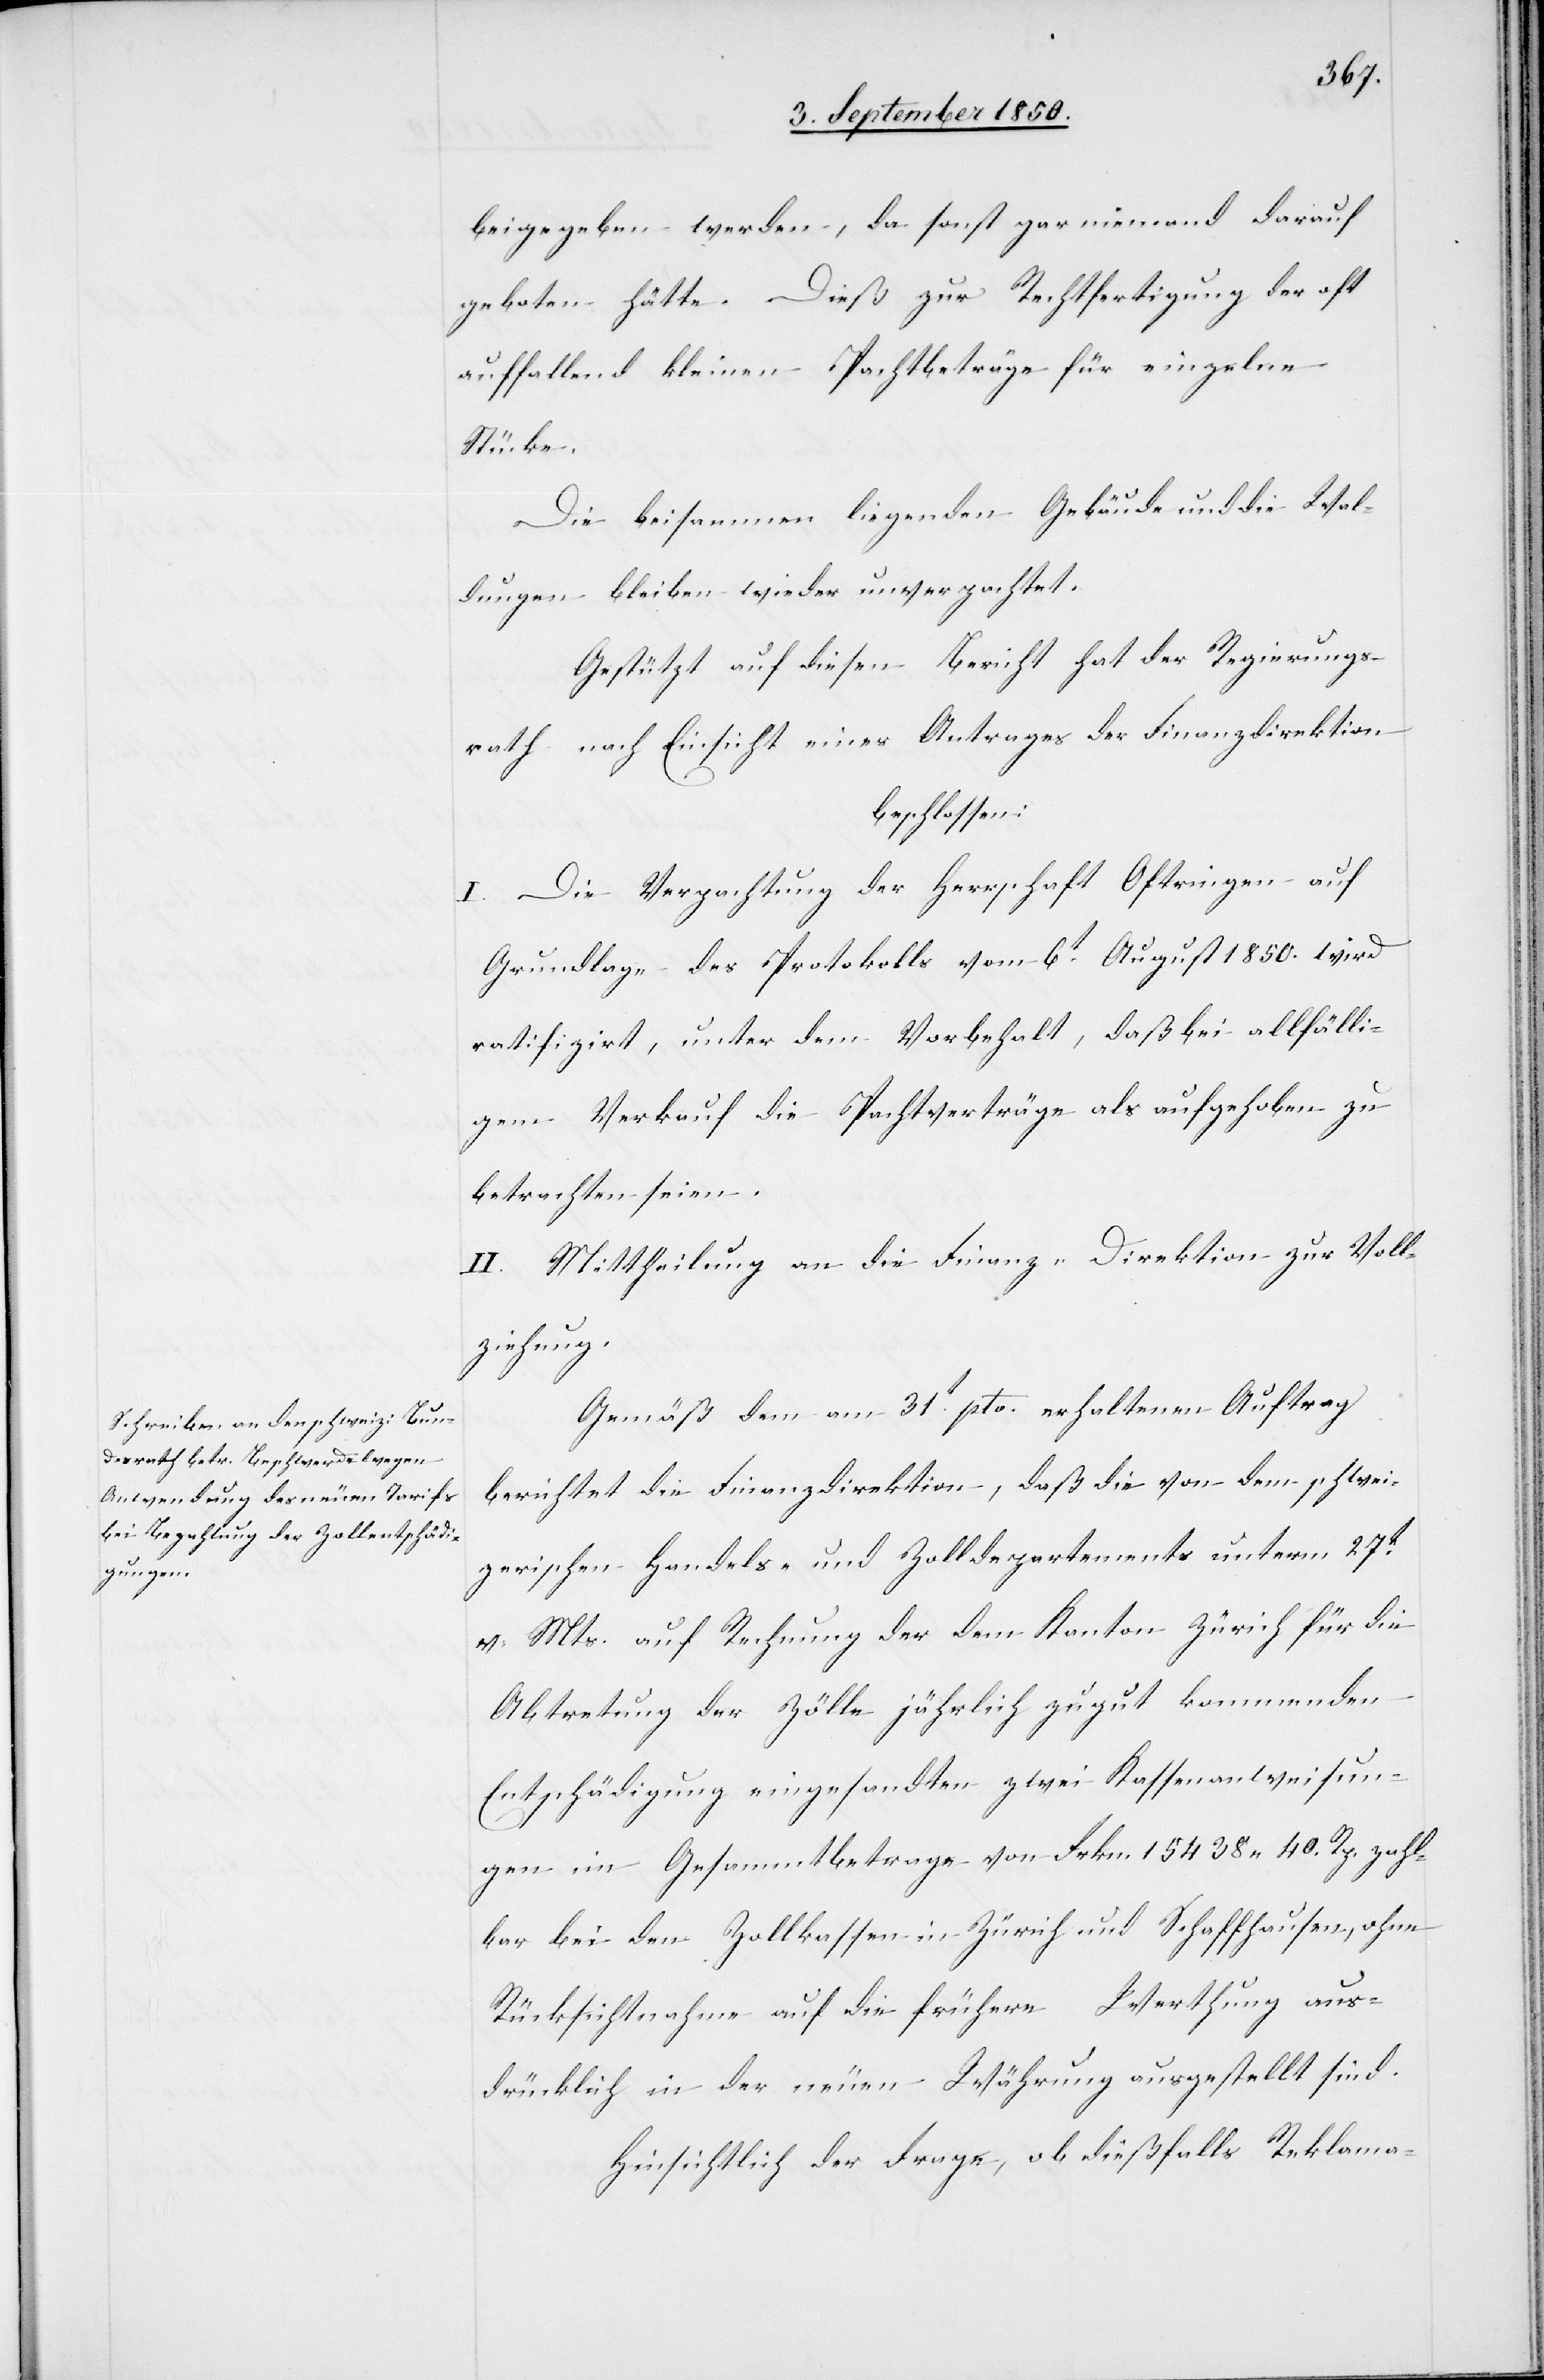
beigegeben werden, da sonst gar niemand darauf
geboten hätte. Dieß zur Rechtfertigung der oft
auffallend kleinen Pachtbeträge für einzelne
Stücke.
Die beisammen liegenden Gebäude und die Wal¬
dungen bleiben wieder unverpachtet.
Gestützt auf diesen Bericht hat der Regierungs¬
rath nach Einsicht eines Antrages der Finanzdirektion
beschlossen:
I. Die Verpachtung der Herrschaft Oftringen auf
Grundlage des Protokolls vom 6t August 1850. wird
ratifizirt, unter dem Vorbehalt, daß bei allfälli¬
gem Verkauf die Pachtverträge als aufgehoben zu
betrachten seien.
II. Mittheilung an die Finanz-Direktion zur Voll¬
ziehung.
Gemäß dem am 31t pto. erhaltenen Auftrag
berichtet die Finanzdirektion, daß die von dem schwei¬
zerischen Handels- und Zolldepartements unterm 27t
v. Mts. auf Rechnung der dem Kanton Zürich für die
Abtretung der Zölle jährlich zugut kommenden
Entschädigung eingesandten zwei Kassenanweisun¬
gen im Gesammtbetrage von Frkn. 15 438 40. Rp. zahl¬
bar bei den Zollkassen in Zürich und Schaffhausen, ohne
Rücksichtnahme auf die frühere Werthung aus¬
drücklich in der neuen Währung ausgestellt sind.
Hinsichtlich der Frage, ob dießfalls Reklama-